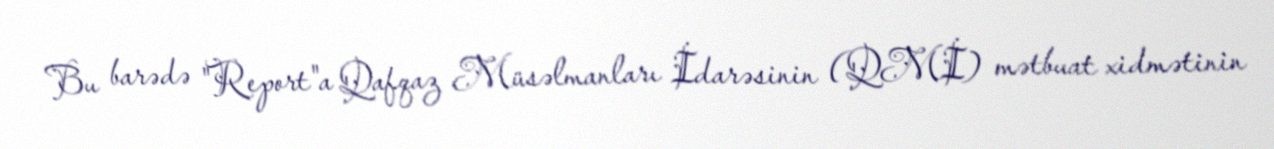
Bu barədə "Report"a Qafqaz Müsəlmanları İdarəsinin (QMİ) mətbuat xidmətinin